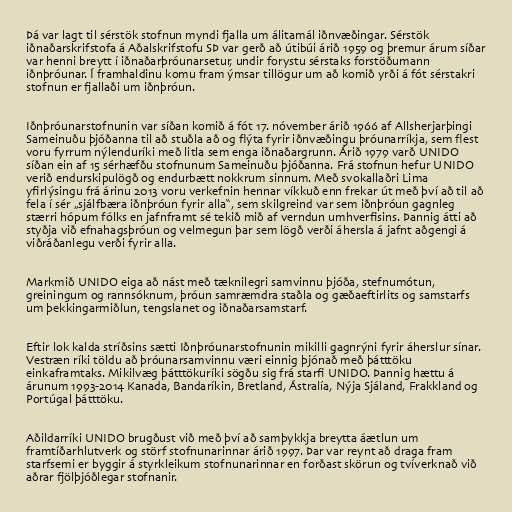
Þá var lagt til sérstök stofnun myndi fjalla um álitamál iðnvæðingar. Sérstök
iðnaðarskrifstofa á Aðalskrifstofu SÞ var gerð að útibúi árið 1959 og þremur árum síðar
var henni breytt í iðnaðarþróunarsetur, undir forystu sérstaks forstöðumann
iðnþróunar. Í framhaldinu komu fram ýmsar tillögur um að komið yrði á fót sérstakri
stofnun er fjallaði um iðnþróun.

Iðnþróunarstofnunin var síðan komið á fót 17. nóvember árið 1966 af Allsherjarþingi
Sameinuðu þjóðanna til að stuðla að og flýta fyrir iðnvæðingu þróunarríkja, sem flest
voru fyrrum nýlenduríki með litla sem enga iðnaðargrunn. Árið 1979 varð UNIDO
síðan ein af 15 sérhæfðu stofnunum Sameinuðu þjóðanna. Frá stofnun hefur UNIDO
verið endurskipulögð og endurbætt nokkrum sinnum. Með svokallaðri Lima
yfirlýsingu frá árinu 2013 voru verkefnin hennar víkkuð enn frekar út með því að til að
fela í sér „sjálfbæra iðnþróun fyrir alla“, sem skilgreind var sem iðnþróun gagnleg
stærri hópum fólks en jafnframt sé tekið mið af verndun umhverfisins. Þannig átti að
styðja við efnahagsþróun og velmegun þar sem lögð verði áhersla á jafnt aðgengi á
viðráðanlegu verði fyrir alla.

Markmið UNIDO eiga að nást með tæknilegri samvinnu þjóða, stefnumótun,
greiningum og rannsóknum, þróun samræmdra staðla og gæðaeftirlits og samstarfs
um þekkingarmiðlun, tengslanet og iðnaðarsamstarf.

Eftir lok kalda stríðsins sætti Iðnþróunarstofnunin mikilli gagnrýni fyrir áherslur sínar.
Vestræn ríki töldu að þróunarsamvinnu væri einnig þjónað með þátttöku
einkaframtaks. Mikilvæg þátttökuríki sögðu sig frá starfi UNIDO. Þannig hættu á
árunum 1993-2014 Kanada, Bandaríkin, Bretland, Ástralía, Nýja Sjáland, Frakkland og
Portúgal þátttöku.

Aðildarríki UNIDO brugðust við með því að samþykkja breytta áætlun um
framtíðarhlutverk og störf stofnunarinnar árið 1997. Þar var reynt að draga fram
starfsemi er byggir á styrkleikum stofnunarinnar en forðast skörun og tvíverknað við
aðrar fjölþjóðlegar stofnanir.